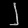
Digit: ၂